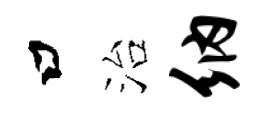
口治纳